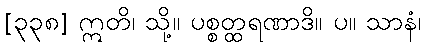
[၃၃၈] ဣတိ၊ သို့။ ပစ္စတ္ထရဏာဒိ။ ပ။ သာနံ၊